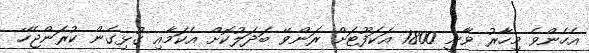
އެހެންވެ މިހާރު ވާނީ 1800 އަކަފޫޓަށްް ރަންވޭ ބަދަލުކޮށް އެކަމާއި ގުޅިގެން ކުރަންޖެހޭ